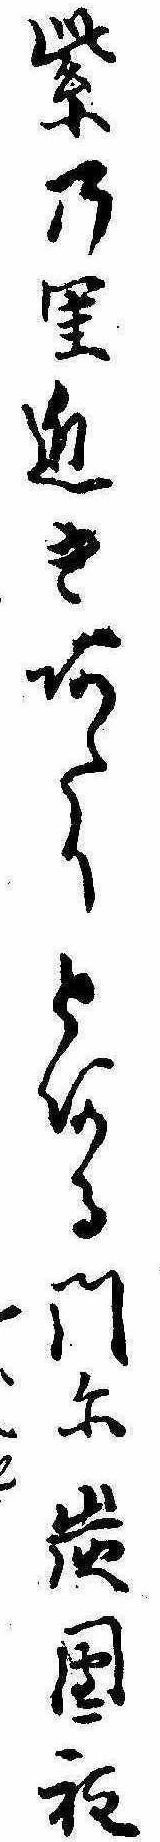
紫の里近きあたりとある門に炭団程